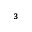
^ { 3 }